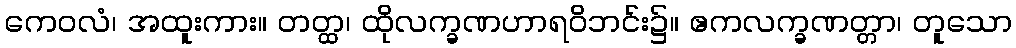
ကေဝလံ၊ အထူးကား။ တတ္ထ၊ ထိုလက္ခဏဟာရဝိဘင်း၌။ ဧကလက္ခဏတ္တာ၊ တူသော